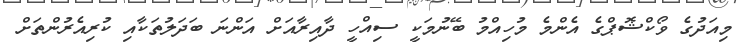
މިއަދުގެ ވޯކްޝޮޕްގެ އެންމެ މުހިއްމު ބޭނުމަކީ ސިއްހީ ދާއިރާއަށް އަންނަ ބަދަލުތަކާއި ކުރިއެރުންތަށް